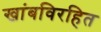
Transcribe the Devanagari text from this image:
खांबविरहित